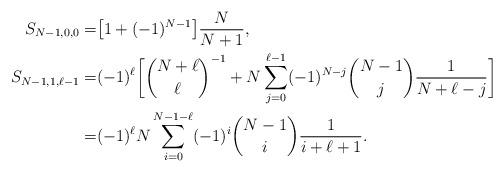
LaTeX: \begin{align*}S_{N-1,0,0}=&\bigl[1+(-1)^{N-1}\bigr]\frac{N}{N+1},\\S_{N-1,1,\ell-1}=&(-1)^{\ell}\biggl[\binom{N+\ell}{\ell}^{-1}+N\sum_{j=0}^{\ell-1}(-1)^{N-j}\binom{N-1}{j}\frac{1}{N+\ell-j}\biggr]\\=&(-1)^{\ell}N\sum_{i=0}^{N-1-\ell}(-1)^i\binom{N-1}{i}\frac{1}{i+\ell+1}.\end{align*}